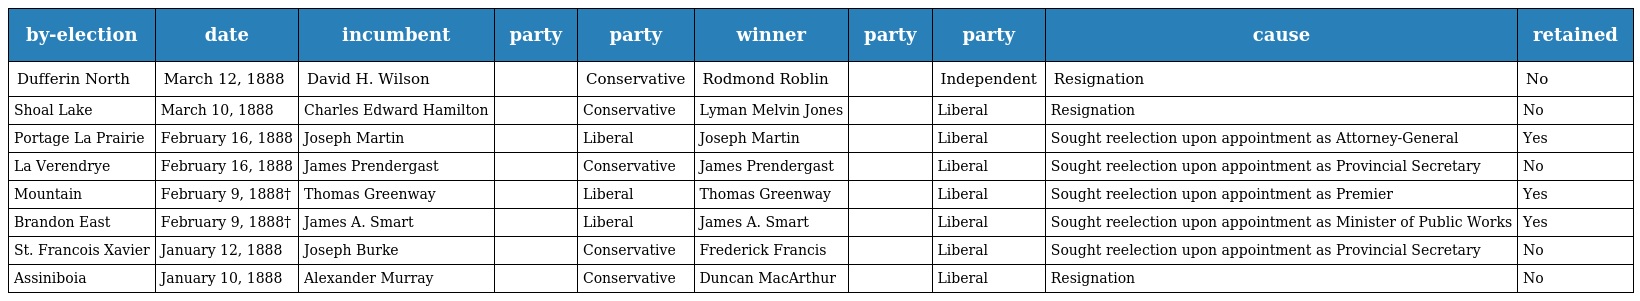
| by-election | date | incumbent | party | party | winner | party | party | cause | retained |
 | --- | --- | --- | --- | --- | --- | --- | --- | --- | --- |
 | Dufferin North | March 12, 1888 | David H. Wilson |  | Conservative | Rodmond Roblin |  | Independent | Resignation | No |
 | Shoal Lake | March 10, 1888 | Charles Edward Hamilton |  | Conservative | Lyman Melvin Jones |  | Liberal | Resignation | No |
 | Portage La Prairie | February 16, 1888 | Joseph Martin |  | Liberal | Joseph Martin |  | Liberal | Sought reelection upon appointment as Attorney-General | Yes |
 | La Verendrye | February 16, 1888 | James Prendergast |  | Conservative | James Prendergast |  | Liberal | Sought reelection upon appointment as Provincial Secretary | No |
 | Mountain | February 9, 1888† | Thomas Greenway |  | Liberal | Thomas Greenway |  | Liberal | Sought reelection upon appointment as Premier | Yes |
 | Brandon East | February 9, 1888† | James A. Smart |  | Liberal | James A. Smart |  | Liberal | Sought reelection upon appointment as Minister of Public Works | Yes |
 | St. Francois Xavier | January 12, 1888 | Joseph Burke |  | Conservative | Frederick Francis |  | Liberal | Sought reelection upon appointment as Provincial Secretary | No |
 | Assiniboia | January 10, 1888 | Alexander Murray |  | Conservative | Duncan MacArthur |  | Liberal | Resignation | No |